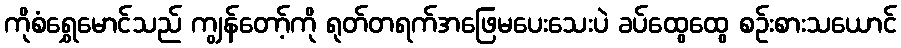
ကိုစံရွှေမောင်သည် ကျွန်တော့်ကို ရုတ်တရက်အဖြေမပေးသေးပဲ ခပ်ထွေထွေ စဉ်းစားသယောင်